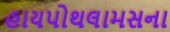
હાયપોથલામસના